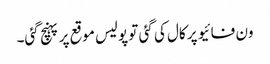
ون فائیو پر کال کی گئی تو پولیس موقع پر پہنچ گئی۔